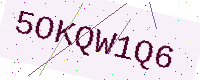
Text: 5OKQW1Q6